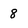
Character: 8